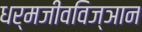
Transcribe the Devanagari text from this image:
धर्मजीवविज्ञान